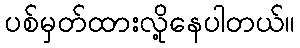
ပစ်မှတ်ထားလို့နေပါတယ်။